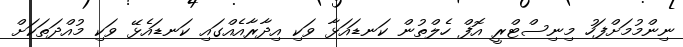
ނިންމުމަށްފަހު މިނިސްޓްރީ އޮފް ހެލްތުން ކަނޑައަޅާ ވަކި އިދާރާއެއްގައި ކަނޑައެޅޭ ވަކި މުއްދަތަކަށް